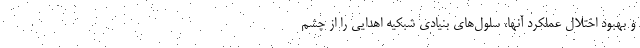
و بهبود اختلال عملکرد آنها، سلول‌های بنیادی شبکیه اهدایی را از چشم